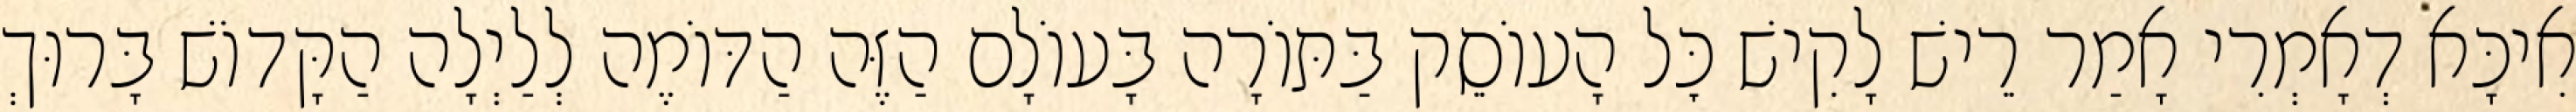
אִיכָּא דְאָמְרִי אָמַר רֵישׁ לָקִישׁ כׇּל הָעוֹסֵק בַּתּוֹרָה בָּעוֹלָם הַזֶּה הַדּוֹמֶה לְלַיְלָה הַקָּדוֹשׁ בָּרוּךְ